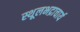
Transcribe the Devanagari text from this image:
स्थूलभद्राचार्य